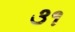
૩૧